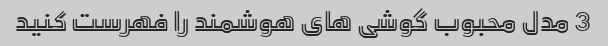
3 مدل محبوب گوشی های هوشمند را فهرست کنید